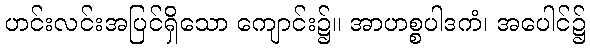
ဟင်းလင်းအပြင်ရှိသော ကျောင်း၌။ အာဟစ္စပါဒကံ၊ အပေါင်၌